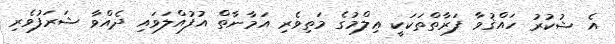
އެ ޝުކުރު ހައްޤުވާ ފަރާތްތަކަކީ ޢިލްމުގެ މަތިވެރި އަމާނާތް އުފުއްލަވައި ދެއްވާ ޝަރަފުވެރި